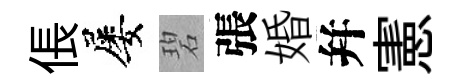
倀屡碧張婚幷憲